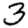
Digit: 3